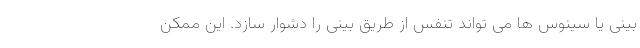
بینی یا سینوس ها می تواند تنفس از طریق بینی را دشوار سازد. این ممکن